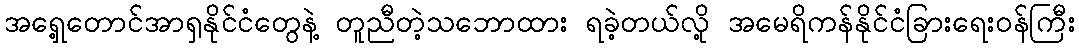
အရှေ့တောင်အာရှနိုင်ငံတွေနဲ့ တူညီတဲ့သဘောထား ရခဲ့တယ်လို့ အမေရိကန်နိုင်ငံခြားရေးဝန်ကြီး